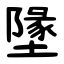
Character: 墬